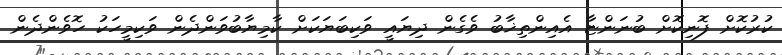
ކުރުކޮށް ފޮނިކޮށް ބުނަންޏާ އެއިންތިޚާބު ވެގެން ދިޔައީ ވަކިބަޔަކަށް ކާމިޔާބުވަންދެން ވަކިމީހަކު ހޮވެންދެން